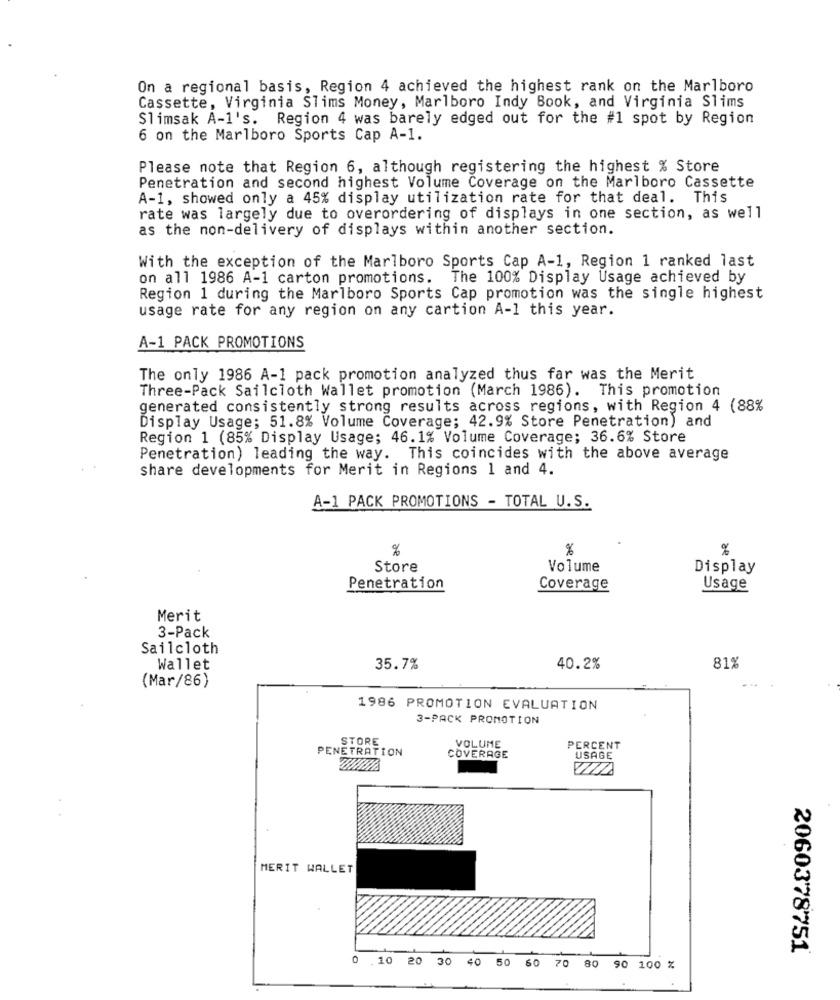
On a regional basis, Region 4 achieved the highest rank on the Marlboro
Cassette, Virginia Slims Money, Marlboro Indy Book, and Virginia Slims
Slimsak A-1's. Region 4 was barely edged out for the #1 spot by Region
6 on the Marlboro Sports Cap A-1.
Please note that Region 6, although registering the highest % Store
Penetration and second highest Volume Coverage on the Marlboro Cassette
A-1, showed only a 45% display utilization rate for that deal. This
rate was largely due to overordering of displays in one section, as well
as the non-delivery of displays within another section.
With the exception of the Marlboro Sports Cap A-1, Region 1 ranked last
on all 1986 A-1 carton promotions. The 100% Display Usage achieved by
Region 1 during the Marlboro Sports Cap promotion was the single highest
usage rate for any region on any cartion A-1 this year.
A-1 PACK PROMOTIONS
The only 1986 A-1 pack promotion analyzed thus far was the Merit
Three-Pack Sailcloth Wallet promotion (March 1986). This promotion
generated consistently strong results across regions, with Region 4 (88%
Display Usage; 51.8% Volume Coverage; 42.9% Store Penetration) and
Region 1 (85% Display Usage; 46.1% Volume Coverage; 36.6% Store
Penetration) leading the way. This coincides with the above average
share developments for Merit in Regions 1 and 4.
A-1 PACK PROMOTIONS - TOTAL U.S.
%
%
%
Store
Volume
Display
Penetration
Coverage
Usage
Merit
3-Pack
Sailcloth
Wallet
35.7%
40.2%
81%
(Mar/86)
1986 PROMOTION EVALUATION
3-PACK PROMOTION
STORE
PENETRATION
VOLUME
PERCENT
COVERAGE
USAGE
MERIT WALLET
2060378751
.10 20 30
40
50 60
80 90 100 %